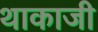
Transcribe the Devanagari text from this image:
थाकाजी